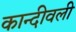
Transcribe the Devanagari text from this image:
कान्दीवली